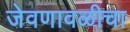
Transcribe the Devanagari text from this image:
जेवणावळीचा